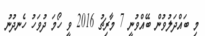
މި ބައްދަލުވުން ބޭއްވުނީ 7 މާރިޗު 2016 ވީ ހޯމަ ދުވަހު ހެނދުނު